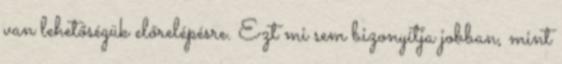
van lehetőségük előrelépésre. Ezt mi sem bizonyítja jobban, mint